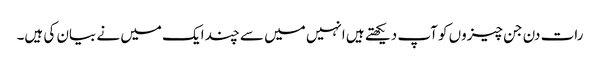
رات دن جن چیزوں کو آپ دیکھتے ہیں انہیں میں سے چند ایک میں نے بیان کی ہیں۔